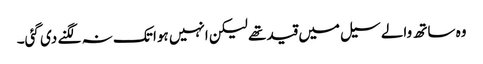
وہ ساتھ والے سیل میں قید تھے لیکن انہیں ہوا تک نہ لگنے دی گئی۔